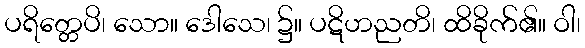
ပရိတ္တေပိ၊ သော။ ဒေါသေ၊ ၌။ ပဋိဟညတိ၊ ထိခိုက်၏။ ဝါ၊